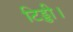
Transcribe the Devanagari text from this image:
टिड्डी।